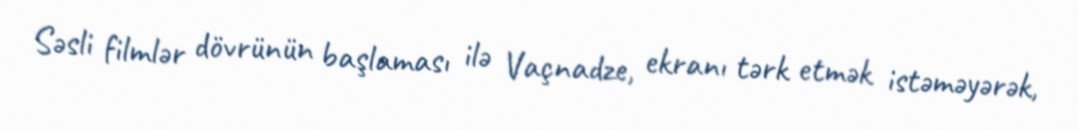
Səsli filmlər dövrünün başlaması ilə Vaçnadze, ekranı tərk etmək istəməyərək,